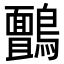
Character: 𮭙